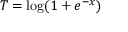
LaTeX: T = \log ( 1 + e ^ { - x } )